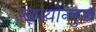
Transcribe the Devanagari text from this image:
रहस्योन्मुख